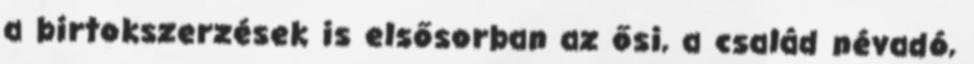
a birtokszerzések is elsősorban az ősi, a család névadó,